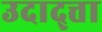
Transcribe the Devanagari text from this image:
उदाद्त्ता